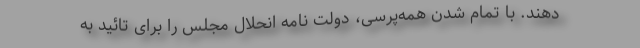
دهند. با تمام شدن همه‌پرسی، دولت نامه انحلال مجلس را برای تائید به